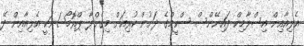
އެލިއާއިން އިސްލާމިކް ފައިނޭންސް ސްކީމްގެ ދަށުން ކުރިއަށް މިގެންދާ ޕްރޮމޯޝަނަކީ އެލިއާއިން ދޭ